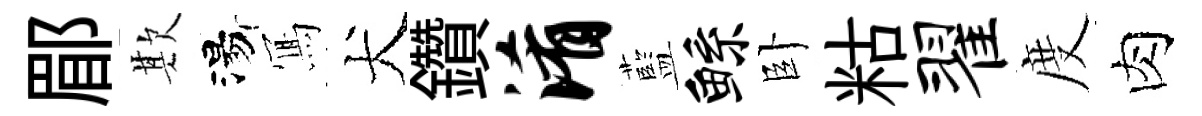
郿欺湯𭂁犬鑽淆藍鲧卧䊀翟度肉